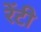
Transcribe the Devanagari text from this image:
रेंटी